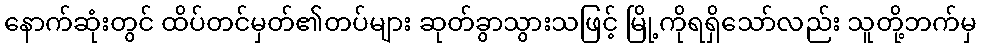
နောက်ဆုံးတွင် ထိပ်တင်မှတ်၏တပ်များ ဆုတ်ခွာသွားသဖြင့် မြို့ကိုရရှိသော်လည်း သူတို့ဘက်မှ